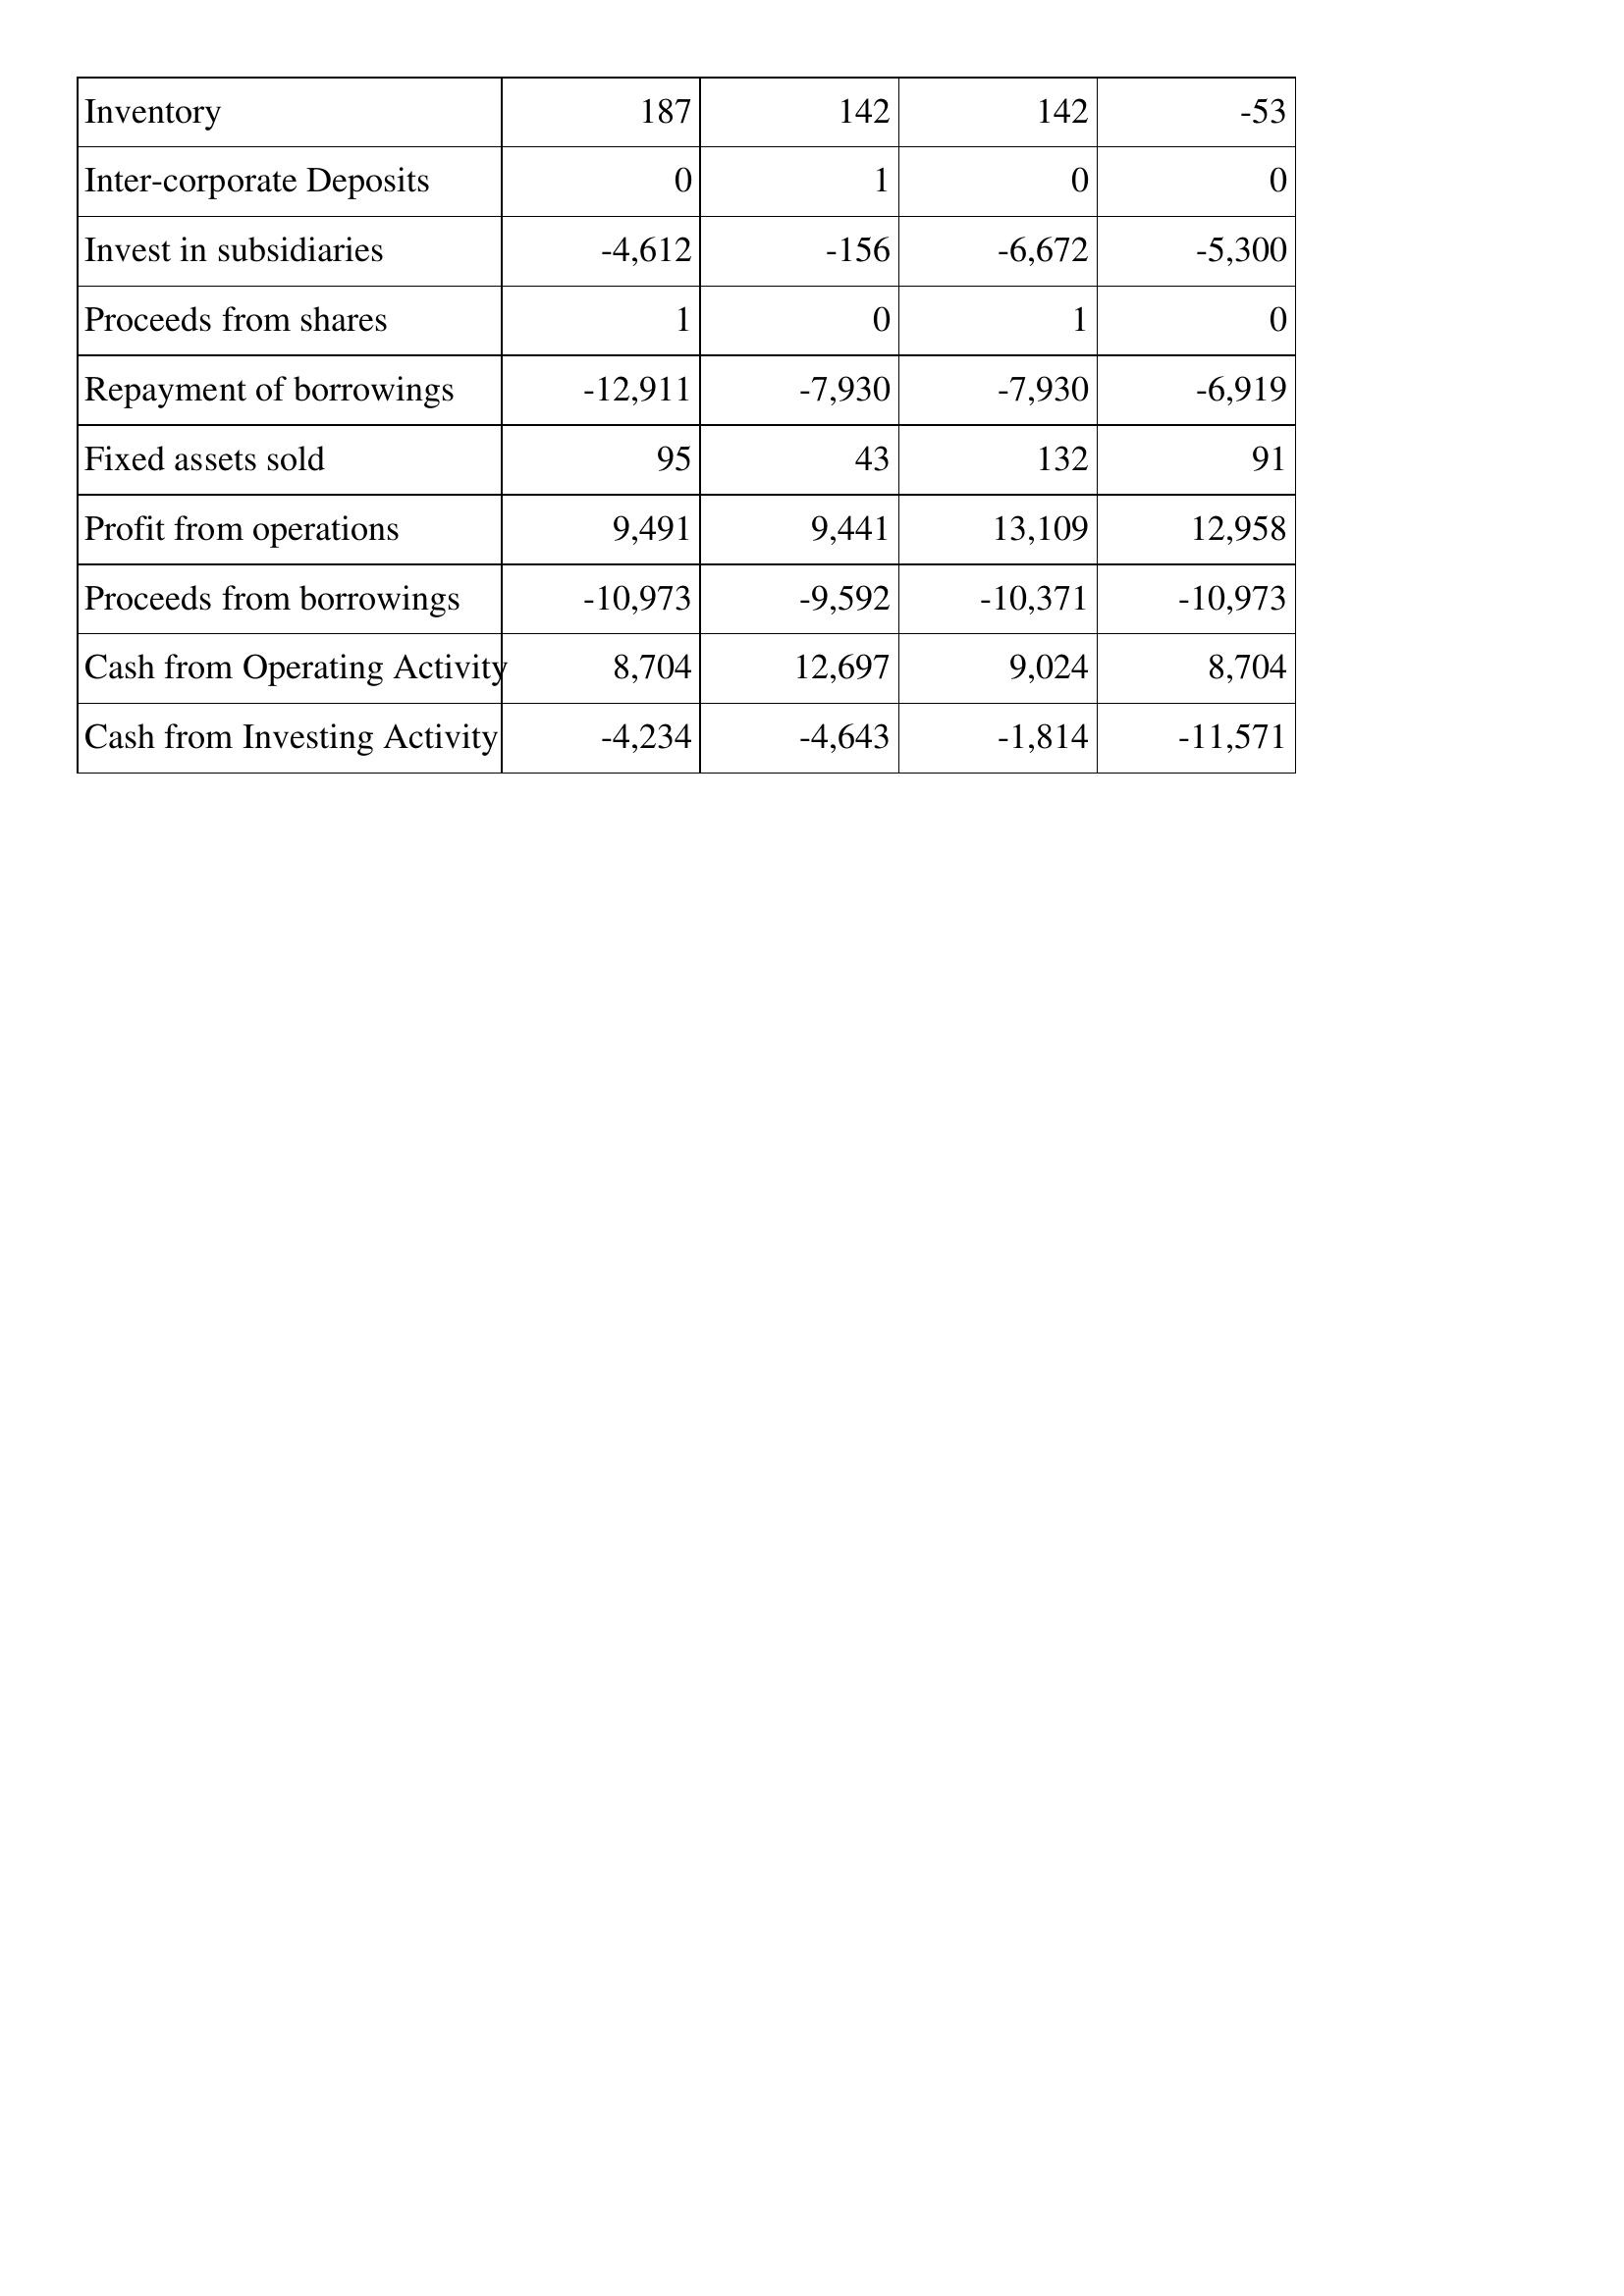
Apr-97: Cash Flows: Inventory: 187
Inter-corporate Deposits: 0
Invest in subsidiaries: -4,612
Proceeds from shares: 1
Repayment of borrowings: -12,911
Fixed assets sold: 95
Profit from operations: 9,491
Proceeds from borrowings: -10,973
Cash from Operating Activity: 8,704
Cash from Investing Activity: -4,234
Apr-96: Cash Flows: Inventory: 142
Inter-corporate Deposits: 1
Invest in subsidiaries: -156
Proceeds from shares: 0
Repayment of borrowings: -7,930
Fixed assets sold: 43
Profit from operations: 9,441
Proceeds from borrowings: -9,592
Cash from Operating Activity: 12,697
Cash from Investing Activity: -4,643
Apr-95: Cash Flows: Inventory: 142
Inter-corporate Deposits: 0
Invest in subsidiaries: -6,672
Proceeds from shares: 1
Repayment of borrowings: -7,930
Fixed assets sold: 132
Profit from operations: 13,109
Proceeds from borrowings: -10,371
Cash from Operating Activity: 9,024
Cash from Investing Activity: -1,814
Apr-94: Cash Flows: Inventory: -53
Inter-corporate Deposits: 0
Invest in subsidiaries: -5,300
Proceeds from shares: 0
Repayment of borrowings: -6,919
Fixed assets sold: 91
Profit from operations: 12,958
Proceeds from borrowings: -10,973
Cash from Operating Activity: 8,704
Cash from Investing Activity: -11,571